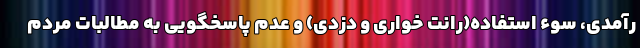
رآمدی، ‌سوء استفاده(رانت خواری و دزدی) و عدم پاسخگویی به مطالبات مردم